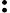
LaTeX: \boldsymbol{:}